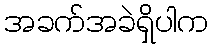
အခက်အခဲရှိပါက